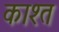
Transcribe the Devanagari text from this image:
काश्‍त